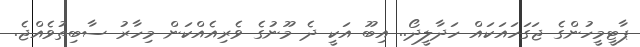
ޕާޓީމީހުންގެ ޖަގަހައަކައް ހަދާލީދޯ.. އިބޫ އަކީ ދެ މޫނުގެ ވެރިއެއްކަން މިހާރު ސާބިތުވެއްޖެ.